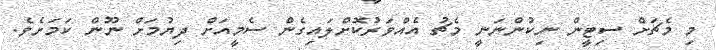
މި މެޗަށް ސިޓީން ނިކުންނަނީ މެޗު އެއްވަރުކޮށްލައިގެން ސެމީއަށް ދިޔުމަށް ނޫން ކަމަށެވެ.